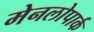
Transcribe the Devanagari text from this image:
मेनलोपार्क